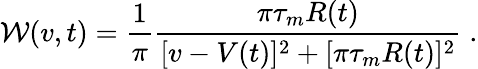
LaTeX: \mathcal W(v,t)=\frac 1\pi\frac{\pi\tau_{m}R(t)}{[v-V(t)]^{2}+[\pi\tau_{m}R(t)]^{2}}\; .